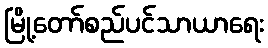
မြို့တော်စည်ပင်သာယာရေး